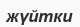
жүйтки